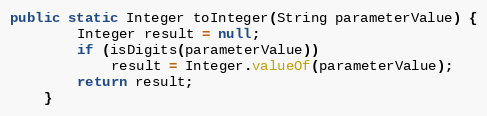
Language: Java
public static Integer toInteger(String parameterValue) {
        Integer result = null;
        if (isDigits(parameterValue))
            result = Integer.valueOf(parameterValue);
        return result;
    }